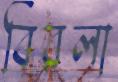
বিরলা